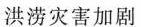
洪涝灾害加剧